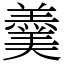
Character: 羹